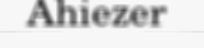
Ahiezer